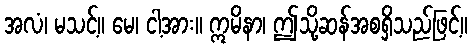
အလံ၊ မသင့်။ မေ၊ ငါ့အား။ ဣမိနာ၊ ဤသို့ဆန်အစရှိသည်ဖြင့်။